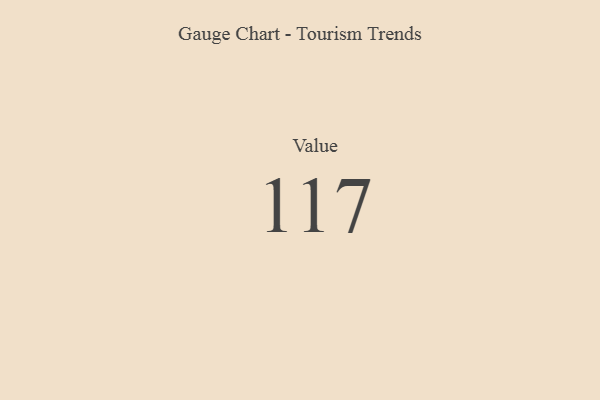
{"axis": {"x": "Metric", "y": "Value"}, "legend": [""], "data": [{"x": "Value", "y": 117, "type": ""}]}